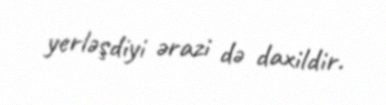
yerləşdiyi ərazi də daxildir.